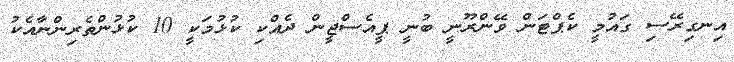
އިނގިރޭސި ގައުމީ ކެޕްޓަން ވޭންރޫނީ ބުނީ ޕީއެސްޖީން ދެއްކި ކުޅުމަކީ 10 ކުޅުންތެރިންނާއެކު